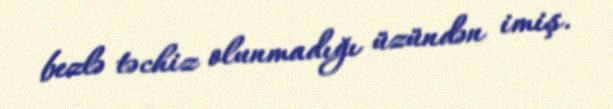
bezlə təchiz olunmadığı üzündən imiş.